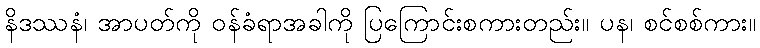
နိဒဿနံ၊ အာပတ်ကို ဝန်ခံရာအခါကို ပြကြောင်းစကားတည်း။ ပန၊ စင်စစ်ကား။